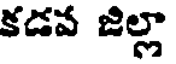
కడవ జిల్లా